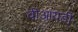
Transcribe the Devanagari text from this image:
वीआयडी